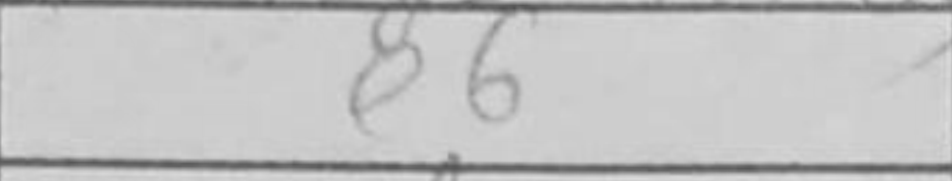
Transcription: e6